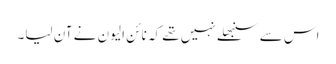
اس سے سنبھلے نہیں تھے کہ نائن الیون نے آن لیا۔